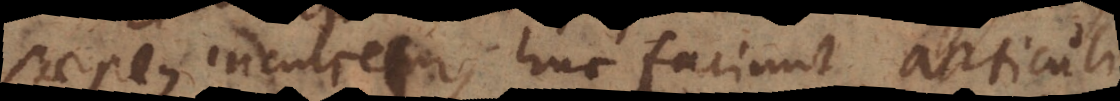
saepius inculcem; huc faciunt articuli,